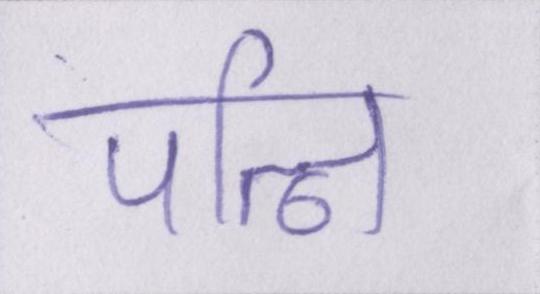
पत्नि